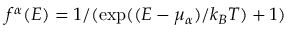
f ^ { \alpha } ( E ) = 1 / ( \mathrm { e x p } ( ( E - \mu _ { \alpha } ) / k _ { B } T ) + 1 )